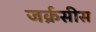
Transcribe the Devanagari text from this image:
जर्क्रसीस